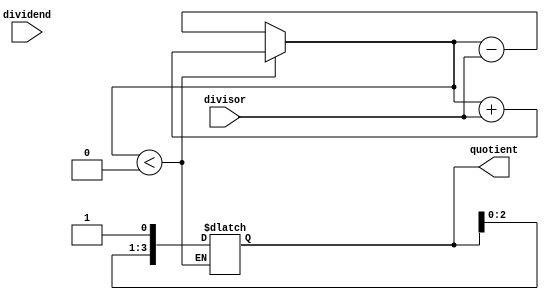
module binary_divider(input [7:0] dividend, input [7:0] divisor,
                       output reg [3:0] quotient);

  reg [7:0] remainder;
  reg [3:0] count;
  
  always @(dividend, divisor) begin
    remainder <= dividend;
    count <= 4'b0;
    
    repeat(4) begin
      remainder <= remainder - divisor;
      count <= count + 1;
      
      if(remainder < 0) begin
        remainder <= remainder + divisor;
      end else begin
        quotient <= {quotient[2:0], 1'b1};
      end
    end
  end
endmodule